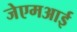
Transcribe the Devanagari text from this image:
जेएमआई